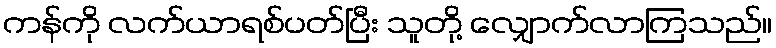
ကန်ကို လက်ယာရစ်ပတ်ပြီး သူတို့ လျှောက်လာကြသည်။